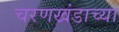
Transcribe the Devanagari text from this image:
चरणखंडाच्या